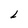
Character: L